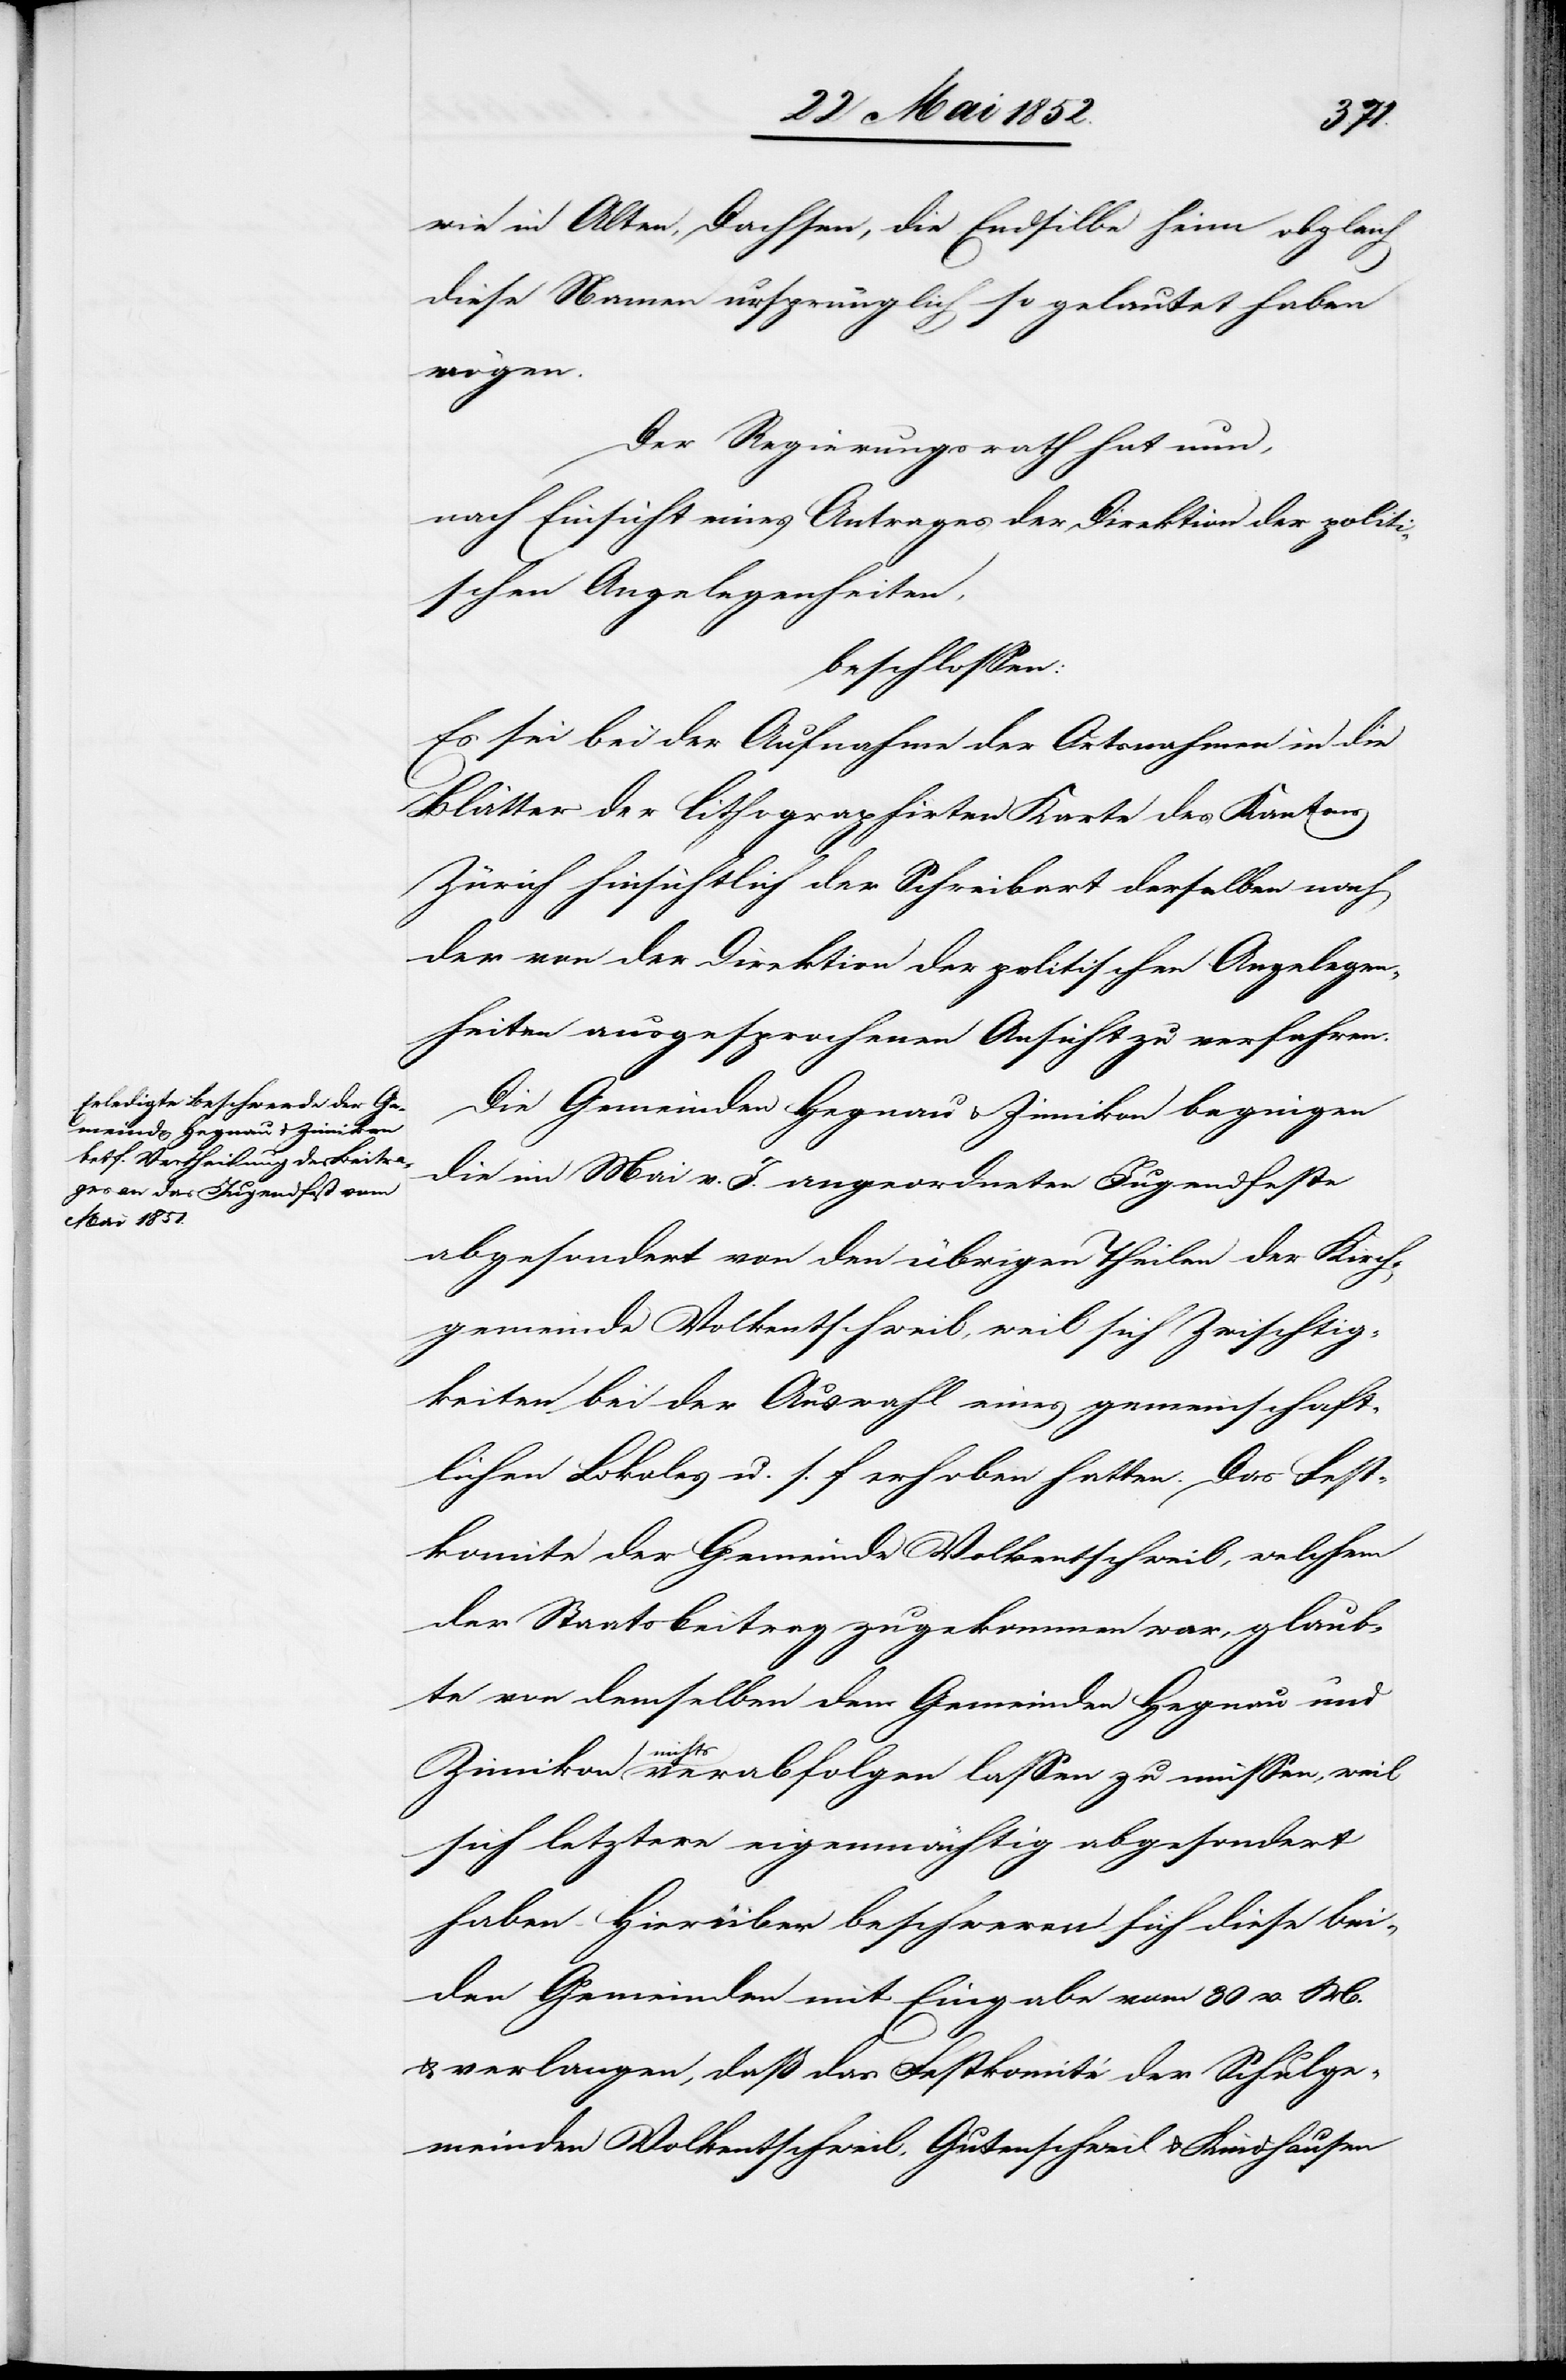
wie in Alten, Dachsen, die Endsilbe heim obgleich
diese Namen ursprünglich so gelautet haben
in die
Der Regierungsrath hat nun,
nach Einsicht eines Antrages der Direktion der politi¬
schen Angelegenheiten,
beschlossen:
Es sei bei der Aufnahme der Ortsnahmen
Blätter der lithographirten Karte des Kantons
Zürich hinsichtlich der Schreibart derselben nach
der von der Direktion der politischen Angelegen¬
heiten ausgesprochenen Ansicht zu verfahren.
Die Gemeinden Hegnau & Zimikon begingen
die im Mai v. J. angeordneten Jugendfeste
abgesondert von den übrigen Theilen der Kirch¬
gemeinde Volkentschweil, weil sich Zwischtig¬
keiten bei der Auswahl eines gemeinschaft¬
lichen Lokales u. s. f erhoben hatten. Das Fest¬
komite der Gemeinde Volkentschweil, welchem
der Staatsbeitrag zugekommen war, glaub¬
te von demselben den Gemeinden Hegnau und
nich¬
ts verabfolgen lassen zu müssen, weil
sich letztere eigenmächtig abgesondert
haben – Hierüber beschweren sich diese bei¬
den Gemeinden mit Eingabe vom 30 v. M.
& verlangen, daß das Festkomité der Schulge¬
meinden Volkentschweil, Gutenschweil & Kindhausen